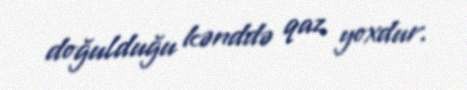
doğulduğu kənddə qaz yoxdur.